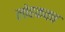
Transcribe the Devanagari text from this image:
लोहकवच